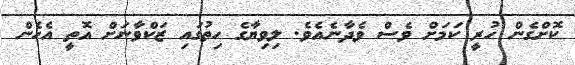
ކޮށްގެން ހުރީ ކަމަށް ވެސް ވެދާނެއެވެ. ލިވިޔާގެ ހިތުގައި ޒަކްވާނަށް އޮތީ އެހެން